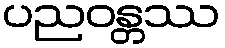
ပညဝန္တဿ